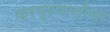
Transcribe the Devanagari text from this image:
करप्रणालीचा